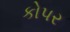
કોપર